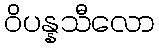
ဝိပန္နသီလော